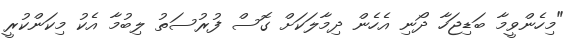
"މިހެންވީމާ ބަޑިޖަހާ ދޯނި އެހެން ދިމާލަކަށް ގޮސް ފުރުސަތު ލިބުމާ އެކު މިކަންކުރީ